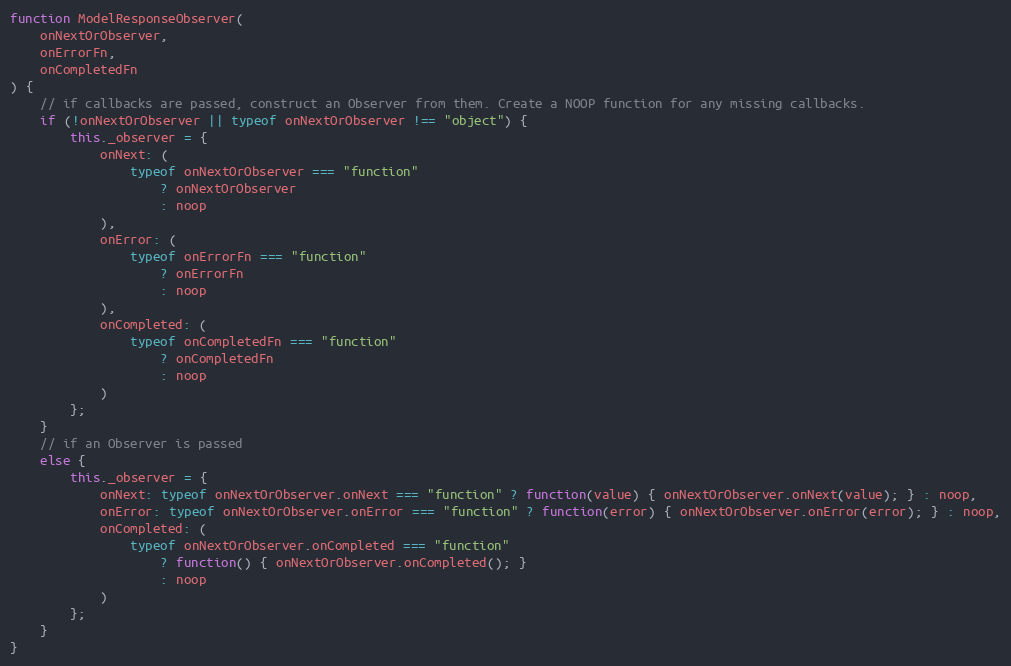
Language: JavaScript
function ModelResponseObserver(
    onNextOrObserver,
    onErrorFn,
    onCompletedFn
) {
    // if callbacks are passed, construct an Observer from them. Create a NOOP function for any missing callbacks.
    if (!onNextOrObserver || typeof onNextOrObserver !== "object") {
        this._observer = {
            onNext: (
                typeof onNextOrObserver === "function"
                    ? onNextOrObserver
                    : noop
            ),
            onError: (
                typeof onErrorFn === "function"
                    ? onErrorFn
                    : noop
            ),
            onCompleted: (
                typeof onCompletedFn === "function"
                    ? onCompletedFn
                    : noop
            )
        };
    }
    // if an Observer is passed
    else {
        this._observer = {
            onNext: typeof onNextOrObserver.onNext === "function" ? function(value) { onNextOrObserver.onNext(value); } : noop,
            onError: typeof onNextOrObserver.onError === "function" ? function(error) { onNextOrObserver.onError(error); } : noop,
            onCompleted: (
                typeof onNextOrObserver.onCompleted === "function"
                    ? function() { onNextOrObserver.onCompleted(); }
                    : noop
            )
        };
    }
}